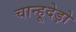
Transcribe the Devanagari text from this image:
चान्हूदेड़ो